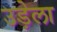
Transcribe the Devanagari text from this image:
उड़ेला